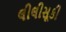
લીલીસૂકી